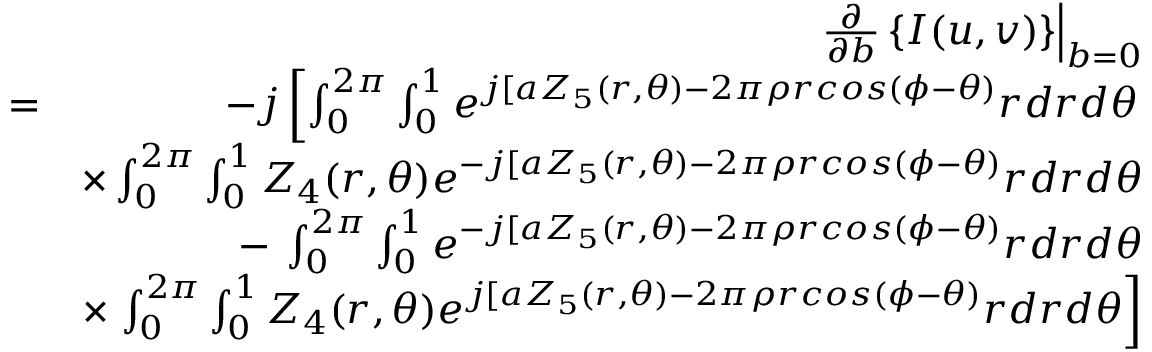
\begin{array} { r l r } & { } & { \left. \frac { \partial } { \partial b } \left\{ I ( u , v ) \right\} \right| _ { b = 0 } } \\ & { = } & { - j \left[ \int _ { 0 } ^ { 2 \pi } \int _ { 0 } ^ { 1 } e ^ { j [ a Z _ { 5 } ( r , \theta ) - 2 \pi \rho r c o s ( \phi - \theta ) } r d r d \theta \right. } \\ & { } & { \times \int _ { 0 } ^ { 2 \pi } \int _ { 0 } ^ { 1 } Z _ { 4 } ( r , \theta ) e ^ { - j [ a Z _ { 5 } ( r , \theta ) - 2 \pi \rho r c o s ( \phi - \theta ) } r d r d \theta } \\ & { } & { - \: \int _ { 0 } ^ { 2 \pi } \int _ { 0 } ^ { 1 } e ^ { - j [ a Z _ { 5 } ( r , \theta ) - 2 \pi \rho r c o s ( \phi - \theta ) } r d r d \theta } \\ & { } & { \times \left. \int _ { 0 } ^ { 2 \pi } \int _ { 0 } ^ { 1 } Z _ { 4 } ( r , \theta ) e ^ { j [ a Z _ { 5 } ( r , \theta ) - 2 \pi \rho r c o s ( \phi - \theta ) } r d r d \theta \right] } \end{array}